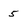
Character: 5